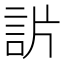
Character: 𧦓